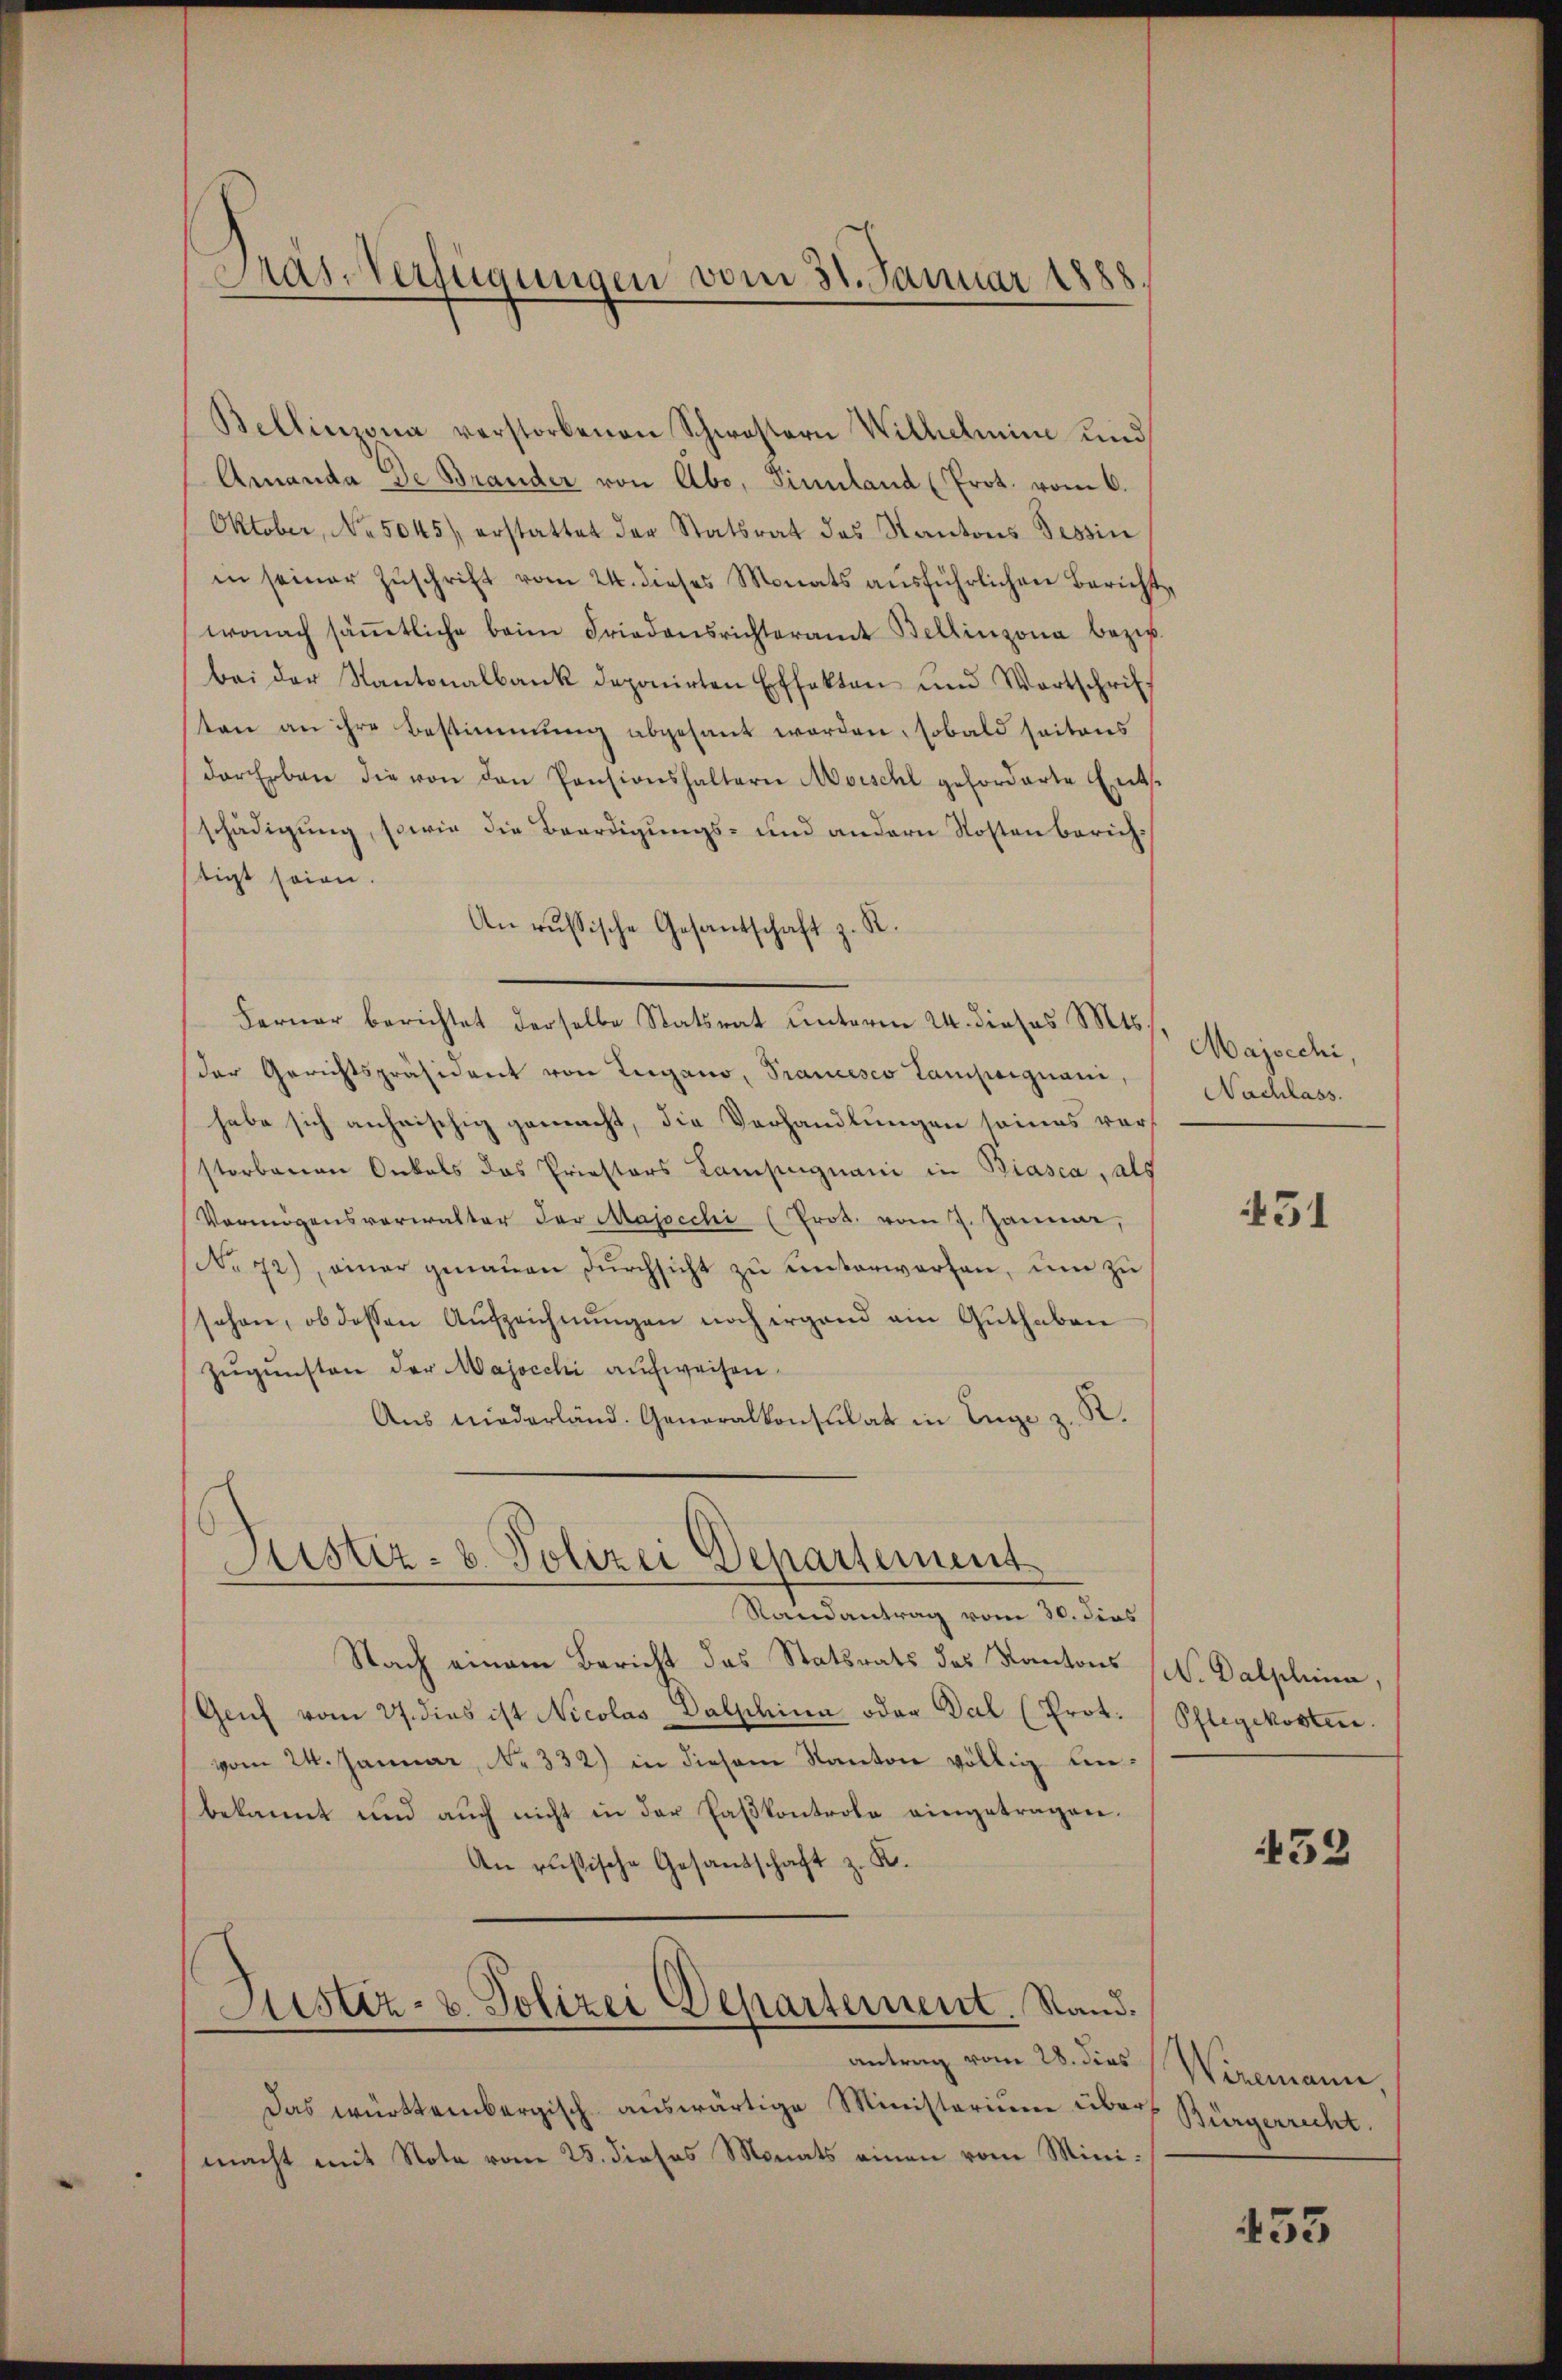
Das Verfügungen vom 30. Januar 1888.

Bellinzona verstorbenen Schwestern Wilhelmine und
Amanda de Brander von Abo, Sinnland (Prot. vom 6.
Oktober, No. 5045 erstattet der Statsrat des Kantons Tessin
in seiner Zŭschrift vom 24. dieses Monats aŭsführlichen Bericht,
wonach säṁtliche beim Friedensrichteramt Bellinzona bezir
bei der Kantonalbank deponirten Effekten und Wortschrif
sten an ihre Bestimmung abgesant worden, sobald seitens
der Erben die von den Pensionshaltern Morschl geforderte Ent-
schädigung, sowie die Beerdigungs- und andern Kostenberichtigt seien.
An russische Gesandschaft z. R.
Ferner berichtet derselbe Statsrat unterm 24. dieses Mts.
der Gerichtspräsident von Teigano, Prancesco Lampagnani,
habe sich anheischig gemacht, die Verhandlungen seines vorstorbenen Onkels das Priestors Campignani in Biasca, als
Vermögensverwalter der Majocchi (Prot. vom 7. Januar,
No 72), einer genaŭen dŭrchsicht zŭ ŭnterworfen, ŭm zŭ
schon, ob dessen Aufzeichnŭngen noch irgend ain Guthaben
Zugunsten der Majocchi aufweisen.
Aŭs niederländ. Generalkonsulat in Enge z. R.
Sistiz- u. Polizei Departement
Randantrag vom 30. dies
Nach einem Bericht das Statsrats des Kantons (W. Dalplina,
Genf vom 27. dies ist Nicolas Dalphina oder Dal (Prot.
vom 24. Januar, No. 332) in diesem Kanton völlig unbekannt und aŭch nicht in der Paskontrole eingetragen.
An russische Gesandschaft z. K.
Justiz- u. Polizei Departement. Stand.
antrag vom 28. dies
Das württembergisch auswärtige Ministerium über Bürgerrecht.
macht mit Note vom 25. dieses Monats einen vom Mini¬

Majscchi.
Nachlass.

51

Pflegekosten.

432

Weremann

453